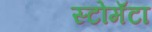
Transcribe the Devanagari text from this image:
स्टोमॅटा